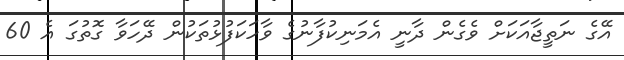
އޭގެ ނަތީޖާއަކަށް ވެގެން ދާނީ އެމަނިކުފާނުގެ ވާހަކަފުޅުތަކުން ދޭހަވާ ގޮތުގަ އެ 60